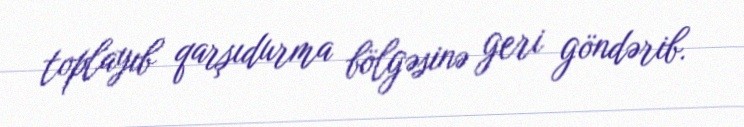
toplayıb qarşıdurma bölgəsinə geri göndərib.